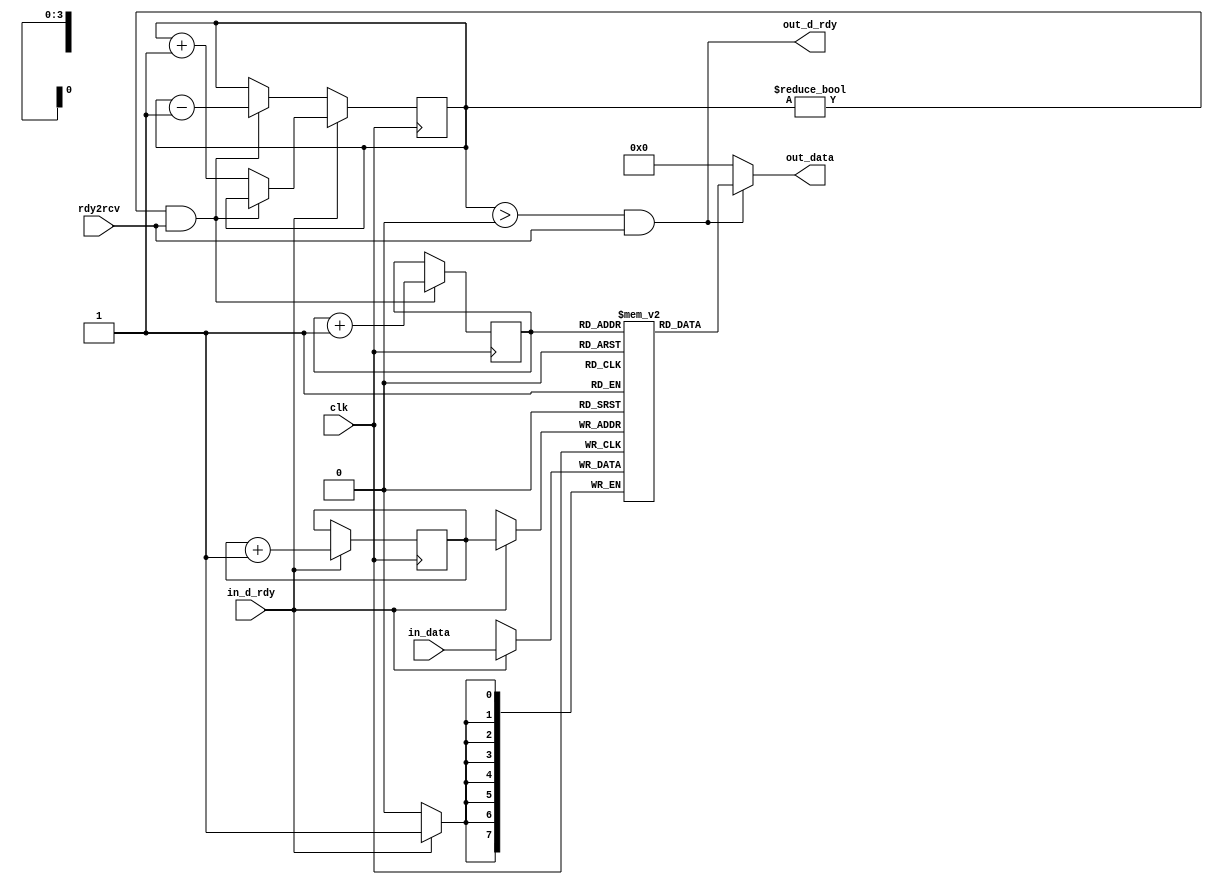
module fifo(in_data, in_d_rdy, clk, out_data, out_d_rdy, rdy2rcv);
parameter WIDTH=8;
					   
parameter BUFF_LEN=16;
parameter BUFF_LENm=BUFF_LEN - 1;

parameter BUFF_LEN_WIDTH_bits  = (BUFF_LENm[7:7]==1'b1) ? 8 : 
					   (BUFF_LENm[6:6]==1'b1) ? 7 :
					   (BUFF_LENm[5:5]==1'b1) ? 6 :
					   (BUFF_LENm[4:4]==1'b1) ? 5 :
					   (BUFF_LENm[3:3]==1'b1) ? 4 :
					   (BUFF_LENm[2:2]==1'b1) ? 3 :
					   (BUFF_LENm[1:1]==1'b1) ? 2 :
					   (BUFF_LENm[0:0]==1'b1) ? 1 : 0;

input wire [(WIDTH-1):0] in_data;
input wire in_d_rdy, clk, rdy2rcv;
output wire [(WIDTH-1):0] out_data;
output wire out_d_rdy;

//fifo

reg [(BUFF_LEN_WIDTH_bits-1):0] fifo_buff_wptr;
initial fifo_buff_wptr <= {BUFF_LEN_WIDTH_bits {1'b0}};
reg [(BUFF_LEN_WIDTH_bits-1):0] fifo_buff_sptr;
initial fifo_buff_sptr <= {BUFF_LEN_WIDTH_bits {1'b0}};
reg [(BUFF_LEN_WIDTH_bits-1):0] fifo_buff_cnt;
initial fifo_buff_cnt <= {BUFF_LEN_WIDTH_bits {1'b0}};
reg [(WIDTH-1):0] fifo_buff [0:(BUFF_LEN-1)];

integer i;
initial begin
	for(i=0;i<BUFF_LEN;i=i+1) begin 
		fifo_buff[i] <= {WIDTH {1'b0}};
	end
end

assign out_d_rdy = (fifo_buff_cnt>0)&&rdy2rcv;
assign out_data = (out_d_rdy) ? fifo_buff[fifo_buff_sptr] : {WIDTH {1'b0}};
//assign out_data = fifo_buff[fifo_buff_sptr];

always @ (posedge clk) begin
	if (in_d_rdy==1'b1) begin //in_d_rdy - store
		fifo_buff[fifo_buff_wptr] <= in_data;
		fifo_buff_wptr <= fifo_buff_wptr + 1'b1;
		if ((fifo_buff_cnt!={BUFF_LEN_WIDTH_bits {1'b0}})&&(rdy2rcv==1'b1)) begin
			fifo_buff_sptr <= fifo_buff_sptr + 1'b1;
			fifo_buff_cnt <= fifo_buff_cnt; 
		end else begin
			fifo_buff_cnt <= fifo_buff_cnt + 1'b1;
		end
	end else begin // restore data only when not write data
		if ((fifo_buff_cnt!={BUFF_LEN_WIDTH_bits {1'b0}})&&(rdy2rcv==1'b1)) begin
			fifo_buff_sptr <= fifo_buff_sptr + 1'b1;
			fifo_buff_cnt <= fifo_buff_cnt - 1'b1;
		end
	end

end
	
endmodule